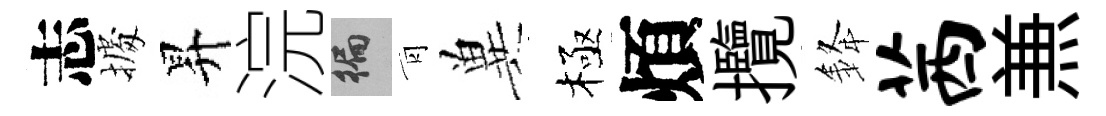
志𢴃昇浣徧青兾極煩攬𨦟茜𠔥